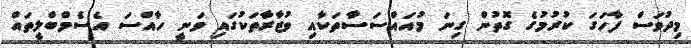
މިދުވަސް ފާހަގަ ކުރުމުގެ ގޮތުން ގިނަ މުއައްސަސާތަކާއި ވުޒާރާތަކުގައި ވަނީ ހާއްސަ އެސެމްބްލީތައް